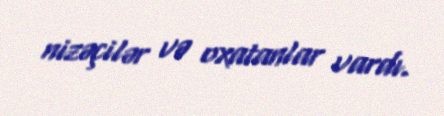
nizəçilər və oxatanlar vardı.